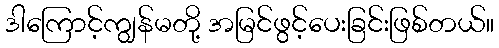
ဒါကြောင့်ကျွန်မတို့ အမြင်ဖွင့်ပေးခြင်းဖြစ်တယ်။